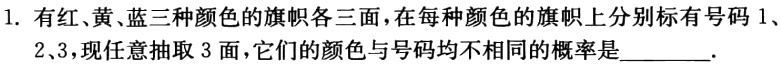
1. 有红、黄、蓝三种颜色的旗帜各三面，在每种颜色的旗帜上分别标有号码\(1\)、\(2\)、\(3\)，现任意抽取\(3\)面，它们的颜色与号码均不相同的概率是______.